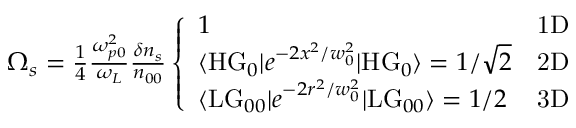
\begin{array} { r } { \Omega _ { s } = \frac { 1 } { 4 } \frac { \omega _ { p 0 } ^ { 2 } } { \omega _ { L } } \frac { \delta n _ { s } } { n _ { 0 0 } } \left\{ \begin{array} { l l } { 1 } & { \mathrm { 1 D } } \\ { \langle \mathrm { H G } _ { 0 } | e ^ { - 2 x ^ { 2 } / w _ { 0 } ^ { 2 } } | \mathrm { H G } _ { 0 } \rangle = 1 / \sqrt { 2 } } & { \mathrm { 2 D } } \\ { \langle \mathrm { L G } _ { 0 0 } | e ^ { - 2 r ^ { 2 } / w _ { 0 } ^ { 2 } } | \mathrm { L G } _ { 0 0 } \rangle = 1 / 2 } & { \mathrm { 3 D } } \end{array} \right. } \end{array}